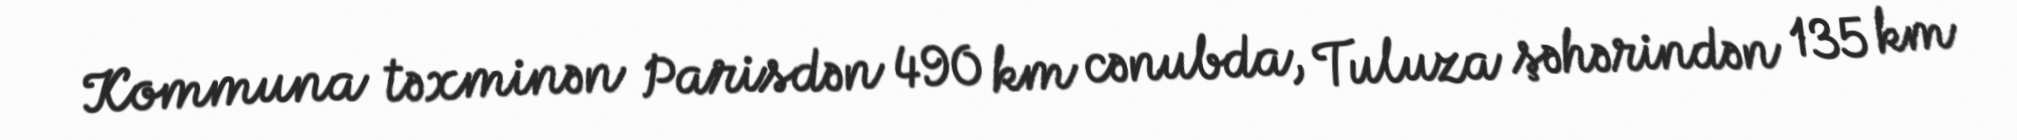
Kommuna təxminən Parisdən 490 km cənubda, Tuluza şəhərindən 135 km